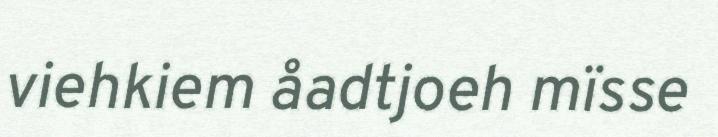
viehkiem åadtjoeh mïsse